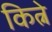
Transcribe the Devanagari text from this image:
कित्ने